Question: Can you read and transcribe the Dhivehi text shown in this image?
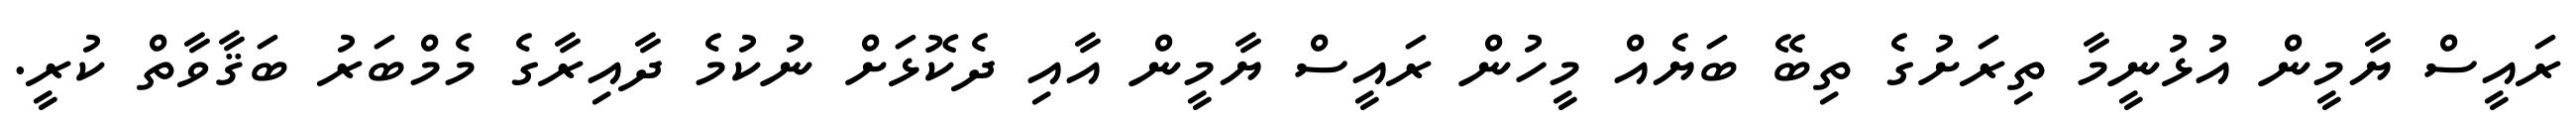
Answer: ރައީސް ޔާމީން އުޅުނީމާ ތިރަށުގެ ތިބޭ ބަޔެއް މީހުން ރައީސް ޔާމީން އާއި ދެކޮޅަށް ނުކުމެ ދާއިރާގެ މެމްބަރު ބަޤާވާތް ކުރީ.